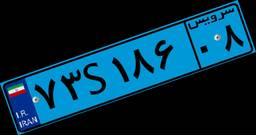
۰۹S۴۹۳۶۶